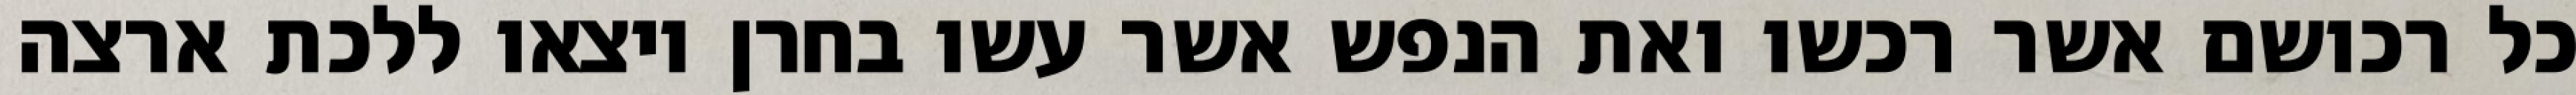
כל רכושם אשר רכשו ואת הנפש אשר עשו בחרן ויצאו ללכת ארצה